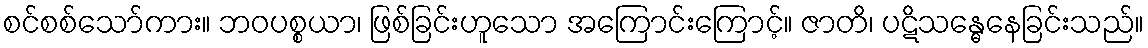
စင်စစ်သော်ကား။ ဘဝပစ္စယာ၊ ဖြစ်ခြင်းဟူသော အကြောင်းကြောင့်။ ဇာတိ၊ ပဋိသန္ဓေနေခြင်းသည်။